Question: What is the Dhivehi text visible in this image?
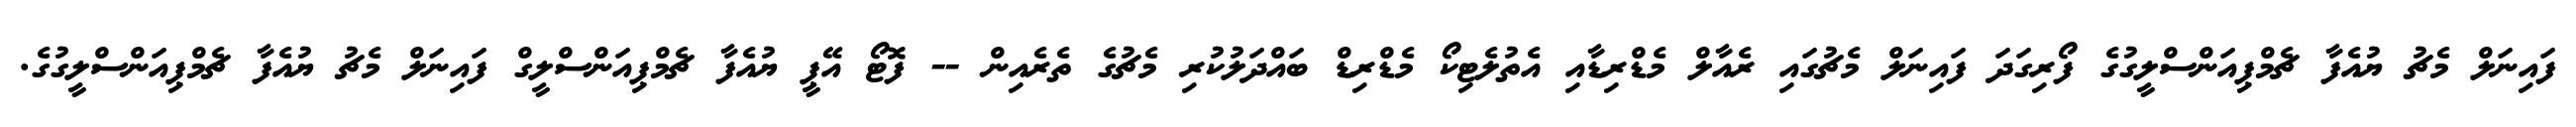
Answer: ފައިނަލް މެޗު ޔުއެފާ ޗެމްޕިއަންސްލީގުގެ ފޯރިގަދަ ފައިނަލް މެޗުގައި ރެއާލް މެޑްރިޑާއި އެތުލެޓިކޯ މެޑްރިޑް ބައްދަލުކުރި މެޗުގެ ތެރެއިން -- ފޮޓޯ އޭޕީ ޔުއެފާ ޗެމްޕިއަންސްލީގް ފައިނަލް މެޗު ޔުއެފާ ޗެމްޕިއަންސްލީގުގެ.